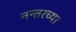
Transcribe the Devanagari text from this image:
नन्तरच्या